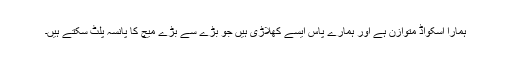
ہمارا اسکواڈ متوازن ہے اور ہمارے پاس ایسے کھلاڑی ہیں جو بڑے سے بڑے میچ کا پانسہ پلٹ سکتے ہیں۔